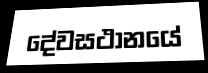
දේවසථානයේ